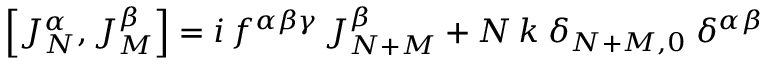
\left[ J _ { N } ^ { \alpha } , J _ { M } ^ { \beta } \right] = i \, f ^ { \alpha \beta \gamma } \, J _ { N + M } ^ { \beta } + N \, k \; \delta _ { N + M , 0 } \; \delta ^ { \alpha \beta }